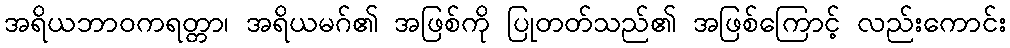
အရိယဘာဝကရတ္တာ၊ အရိယမဂ်၏ အဖြစ်ကို ပြုတတ်သည်၏ အဖြစ်ကြောင့် လည်းကောင်း